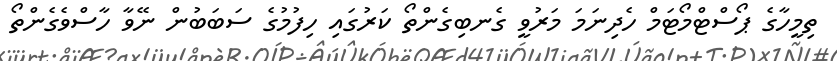
ތިމީހާގެ ޕޯސްޓްމޯޓަމް ހެދިނަމަ މަރުވީ ގެނބިގެންތޯ ކަރުގައި ހިފުމުގެ ސަބަބުން ނޭވާ ހާސްވެގެންތޯ